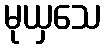
မုယှသေ